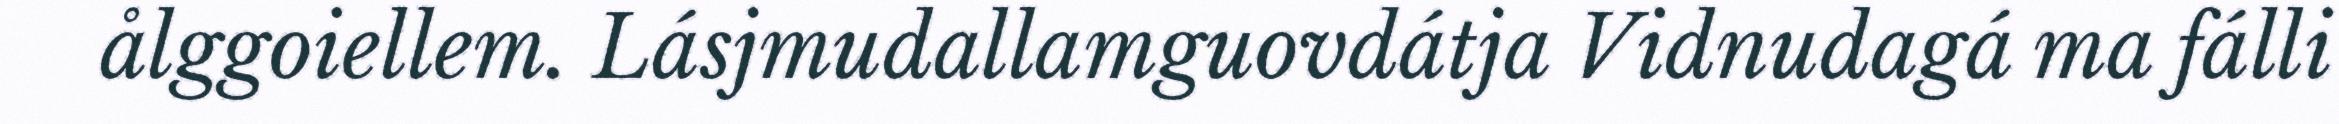
ålggoiellem. Lásjmudallamguovdátja Vidnudagá ma fálli